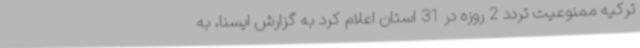
ترکیه ممنوعیت تردد 2 روزه در 31 استان اعلام کرد به گزارش ایسنا، به